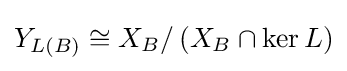
Y_{L(B)}\cong X_{B}/\left(X_{B}\cap \operatorname {ker} L\right)